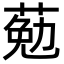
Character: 葂